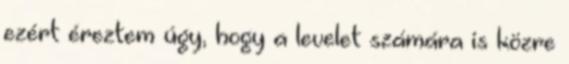
ezért éreztem úgy, hogy a levelet számára is közre